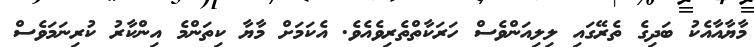
މާޔާއާއެކު ބަދިގެ ތެރޭގައި ލިލިއަންވެސް ހަރަކާތްތެރިވެއެވެ. އެކަމަށް މާޔާ ކިތަންމެ އިންކާރު ކުރިނަމަވެސް